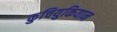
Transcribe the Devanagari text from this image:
कुचियुकियान